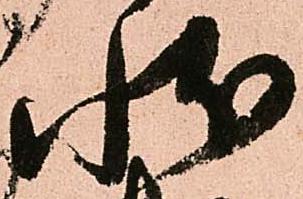
状